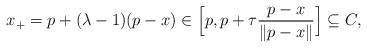
LaTeX: \begin{align*}x_+ =p +(\lambda -1)(p -x) \in \Big[p, p +\tau\frac{p -x}{\|p -x\|}\Big] \subseteq C,\end{align*}